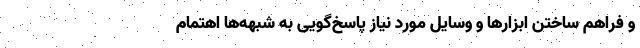
و فراهم ساختن ابزارها و وسایل مورد نیاز پاسخ‌گویی به شبهه‌ها اهتمام